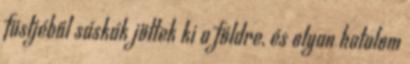
füstjéből sáskák jöttek ki a földre, és olyan hatalom